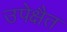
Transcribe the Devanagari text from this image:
उपेक्षैत